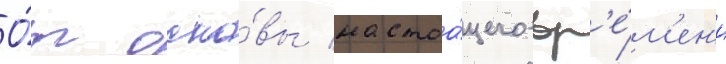
О́т осно́вы настоа́щего вр'е́м'ен'и